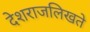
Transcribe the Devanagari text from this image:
देशराजलिखते